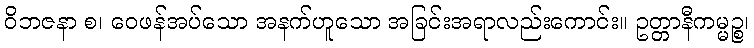
ဝိဘဇနာ စ၊ ဝေဖန်အပ်သော အနက်ဟူသော အခြင်းအရာလည်းကောင်း။ ဥတ္တာနီကမ္မဉ္စ၊